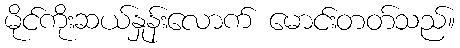
မိုင်ကိုးဆယ်နှုန်းလောက် မောင်းတတ်သည်။